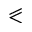
\eqslantless